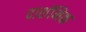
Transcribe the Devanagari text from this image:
दार्शनिक